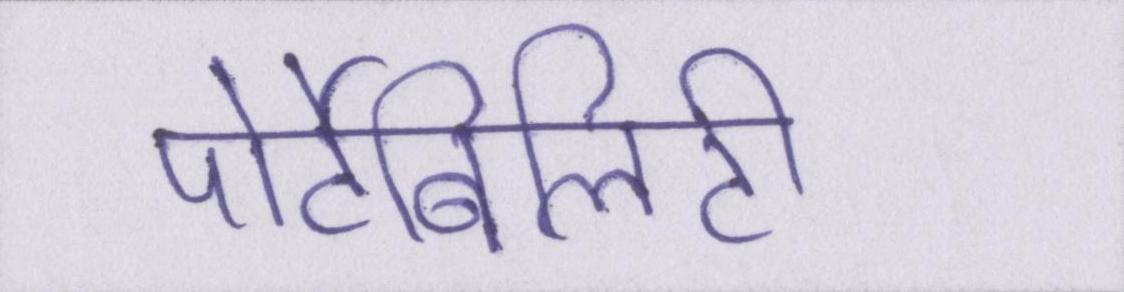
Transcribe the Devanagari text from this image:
पोर्टेबिलिटी